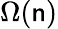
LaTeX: \Omega(\mathsf{n})